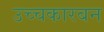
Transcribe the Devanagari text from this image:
उच्चकारबन